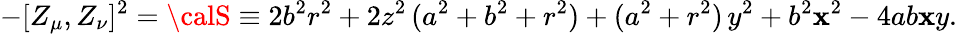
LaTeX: -[Z_{\mu},Z_{\nu}]^{2}={\calS}\equiv2b^{2}r^{2}+2z^{2}\, (a^{2}+b^{2}+r^{2})+(a^{2}+r^{2})\, y^{2}+b^{2}\mathbf{x}^{2}-4ab\mathbf{x}y.